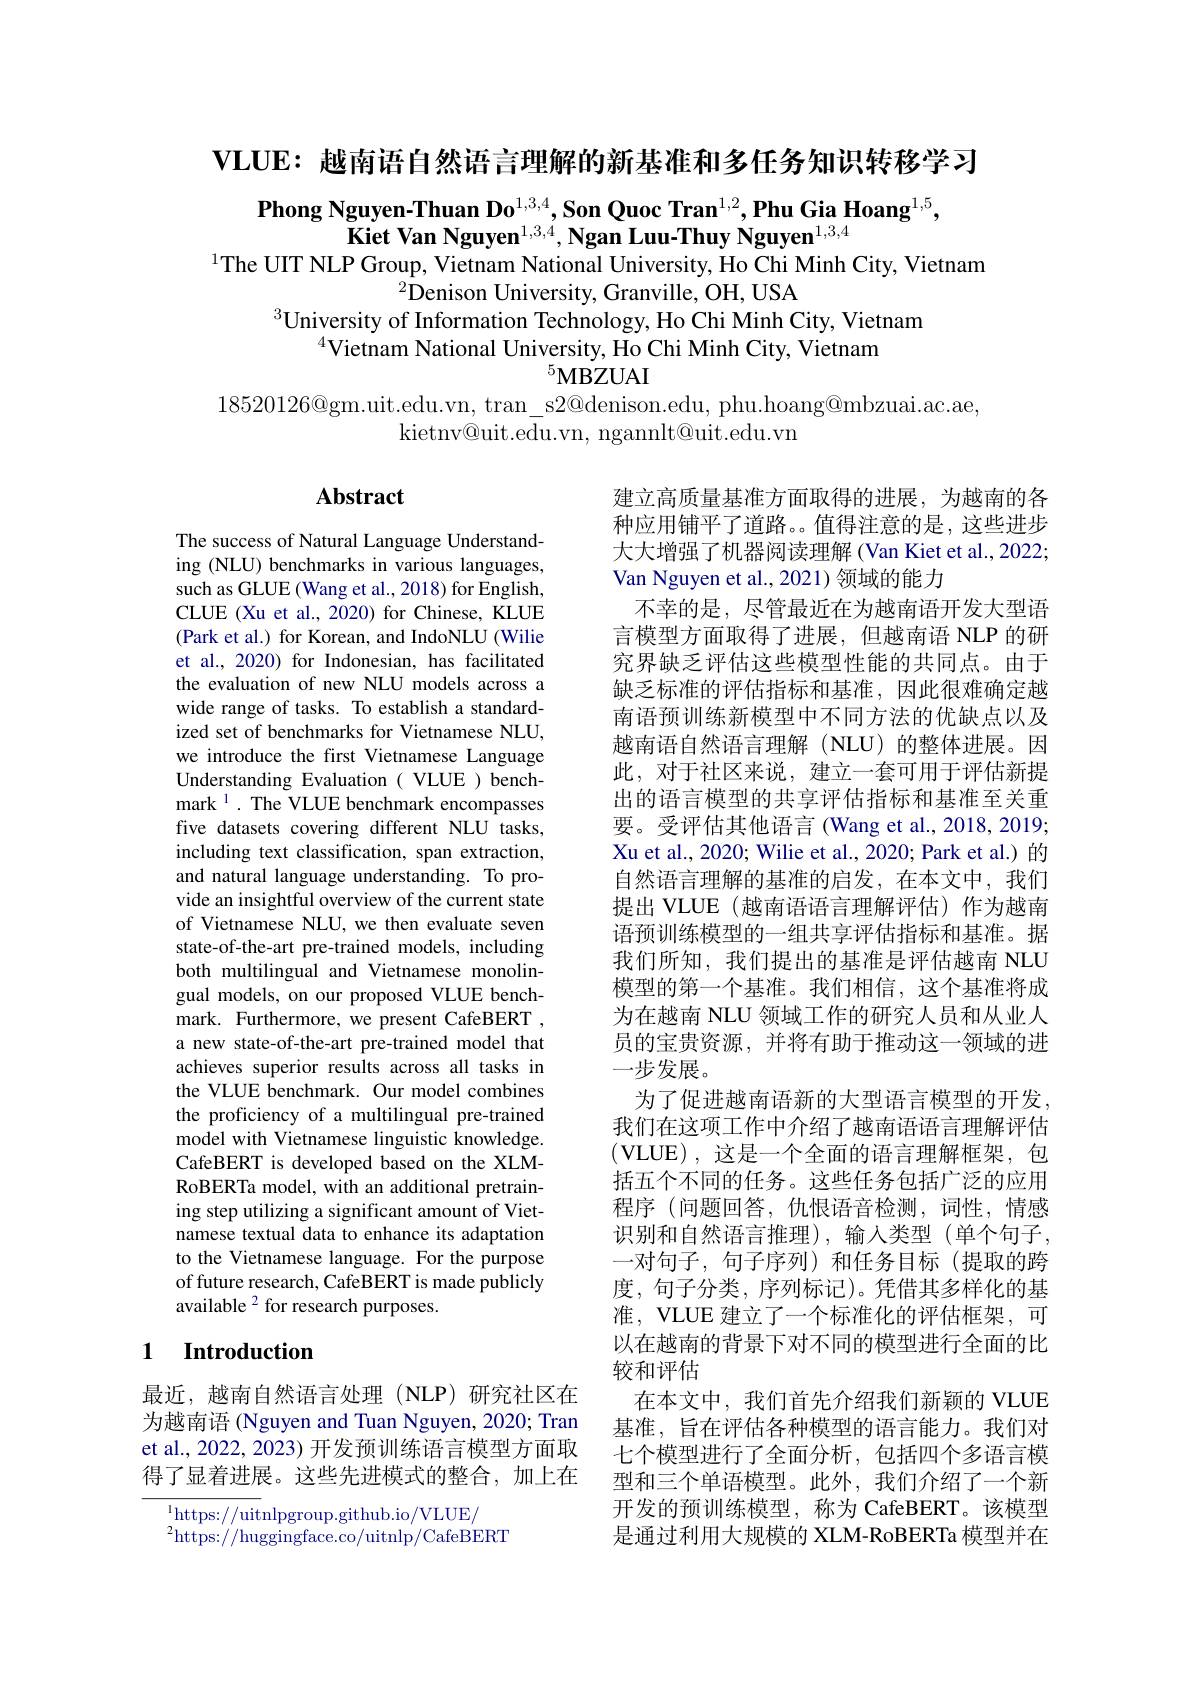
VLUE: 越南语自然语言理解的新基准和多任务知识转移学习

Phong Nguyen-Thuan Do$^1,3,4,\textbf{Son Quoc Tran}^{1,2},\textbf{Phu Gia Hoang}^{1,5}$,
Kiet Van Nguyen$^1,3,4,\textbf{Ngan Luu-Thuy Nguyen}^{1,3,4}$
$^{1}$The UIT NLP Group, Vietnam National University, Ho Chi Minh City, Vietnam
$^{2}$Denison University, Granville, OH, USA
$^{3}$University of Information Technology, Ho Chi Minh City, Vietnam
$^{4}$Vietnam National University, Ho Chi Minh City, Vietnam
$^{5}$MBZUAI
$18520126@$gm.uit.edu.vn, tran\_s2@denison.edu, phu.hoang@mbzuai.ac.ae,

kietnv@uit.edu.vn, ngannlt@uit.edu.vn

### $\mathbf{Abstract}$

The success of Natural Language Understanding (NLU) benchmarks in various languages, such as GLUE (Wang et al., 2018) for English, CLUE (Xu et al., 2020) for Chinese, KLUE (Park et al.) for Korean, and IndoNLU (Wilie et al., 2020) for Indonesian, has facilitated the evaluation of new NLU models across a wide range of tasks. To establish a standardized set of benchmarks for Vietnamese NLU, we introduce the first Vietnamese Language Understanding Evaluation( VLUE ) benchmark $^{1}.$ The VLUE benchmark encompasses five datasets covering different NLU tasks, including text classification, span extraction, and natural language understanding. To provide an insightful overview of the current state of Vietnamese NLU, we then evaluate seven state-of-the-art pre-trained models, including both multilingual and Vietnamese monolingual models, on our proposed VLUE benchmark. Furthermore, we present CafeBERT , a new state-of-the-art pre-trained model that achieves superior results across all tasks in the VLUE benchmark. Our model combines the proficiency of a multilingual pre-trained model with Vietnamese linguistic knowledge. CafeBERT is developed based on the XLMRoBERTa model, with an additional pretraining step utilizing a significant amount of Vietnamese textual data to enhance its adaptation to the Vietnamese language. For the purpose of future research, CafeBERT is made publicly available $^{2}$ for research purposes.

建立高质量基准方面取得的进展，为越南的各种应用铺平了道路。值得注意的是，这些进步大大增强了机器阅读理解 (Van Kiet et al., 2022; Van Nguyen et al., 2021) 领域的能力
不幸的是，尽管最近在为越南语开发大型语言模型方面取得了进展，但越南语 NLP 的研究界缺乏评估这些模型性能的共同点。由于缺乏标准的评估指标和基准，因此很难确定越南语预训练新模型中不同方法的优缺点以及越南语自然语言理解(NLU)的整体进展。因此，对于社区来说，建立一套可用于评估新提出的语言模型的共享评估指标和基准至关重要。受评估其他语言(Wang et al.,2018,2019; Xu et al., 2020; Wilie et al., 2020; Park et al.) 的自然语言理解的基准的启发，在本文中，我们提出 VLUE (越南语语言理解评估)作为越南语预训练模型的一组共享评估指标和基准。据我们所知，我们提出的基准是评估越南 NLU 模型的第一个基准。我们相信，这个基准将成为在越南 NLU 领域工作的研究人员和从业人员的宝贵资源，并将有助于推动这一领域的进一步发展。
为了促进越南语新的大型语言模型的开发。我们在这项工作中介绍了越南语语言理解评估(VLUE),这是一个全面的语言理解框架，包括五个不同的任务。这些任务包括广泛的应用程序 (问题回答，仇恨语音检测，词性，情感识别和自然语言推理),输入类型(单个句子， 一对句子，句子序列)和任务目标(提取的跨度，句子分类，序列标记)。凭借其多样化的基准，VLUE 建立了一个标准化的评估框架，可以在越南的背景下对不同的模型进行全面的比较和评估
在本文中，我们首先介绍我们新颖的 VLUE 基准，旨在评估各种模型的语言能力。我们对七个模型进行了全面分析，包括四个多语言模型和三个单语模型。此外，我们介绍了一个新开发的预训练模型，称为 CafeBERT。该模型是通过利用大规模的 XLM-RoBERTa 模型并在

## 1 $\textbf{Introduction}$

最近，越南自然语言处理(NLP)研究社区在为越南语 (Nguyen and Tuan Nguyen, 2020; Tran et al., 2022, 2023) 开发预训练语言模型方面取得了显着进展。这些先进模式的整合，加上在

$^{1}$https://uitnlpgroup.github.io/VLUE/

$^{2}$https://huggingface.co/uitnlp/CafeBERT